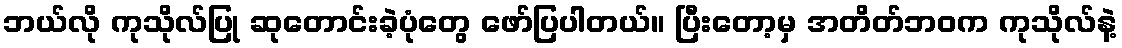
ဘယ်လို ကုသိုလ်ပြု ဆုတောင်းခဲ့ပုံတွေ ဖော်ပြပါတယ်။ ပြီးတော့မှ အတိတ်ဘဝက ကုသိုလ်နဲ့